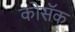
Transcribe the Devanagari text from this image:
कोसॅक